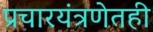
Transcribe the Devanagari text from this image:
प्रचारयंत्रणेतही